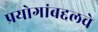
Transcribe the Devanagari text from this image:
प्रयोगांबद्दलचे